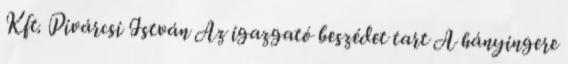
Kft. Pivárcsi István Az igazgató beszédet tart A hányingere